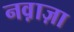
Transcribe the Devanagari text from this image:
नव़ाज़ा